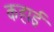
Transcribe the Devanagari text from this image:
कहाई